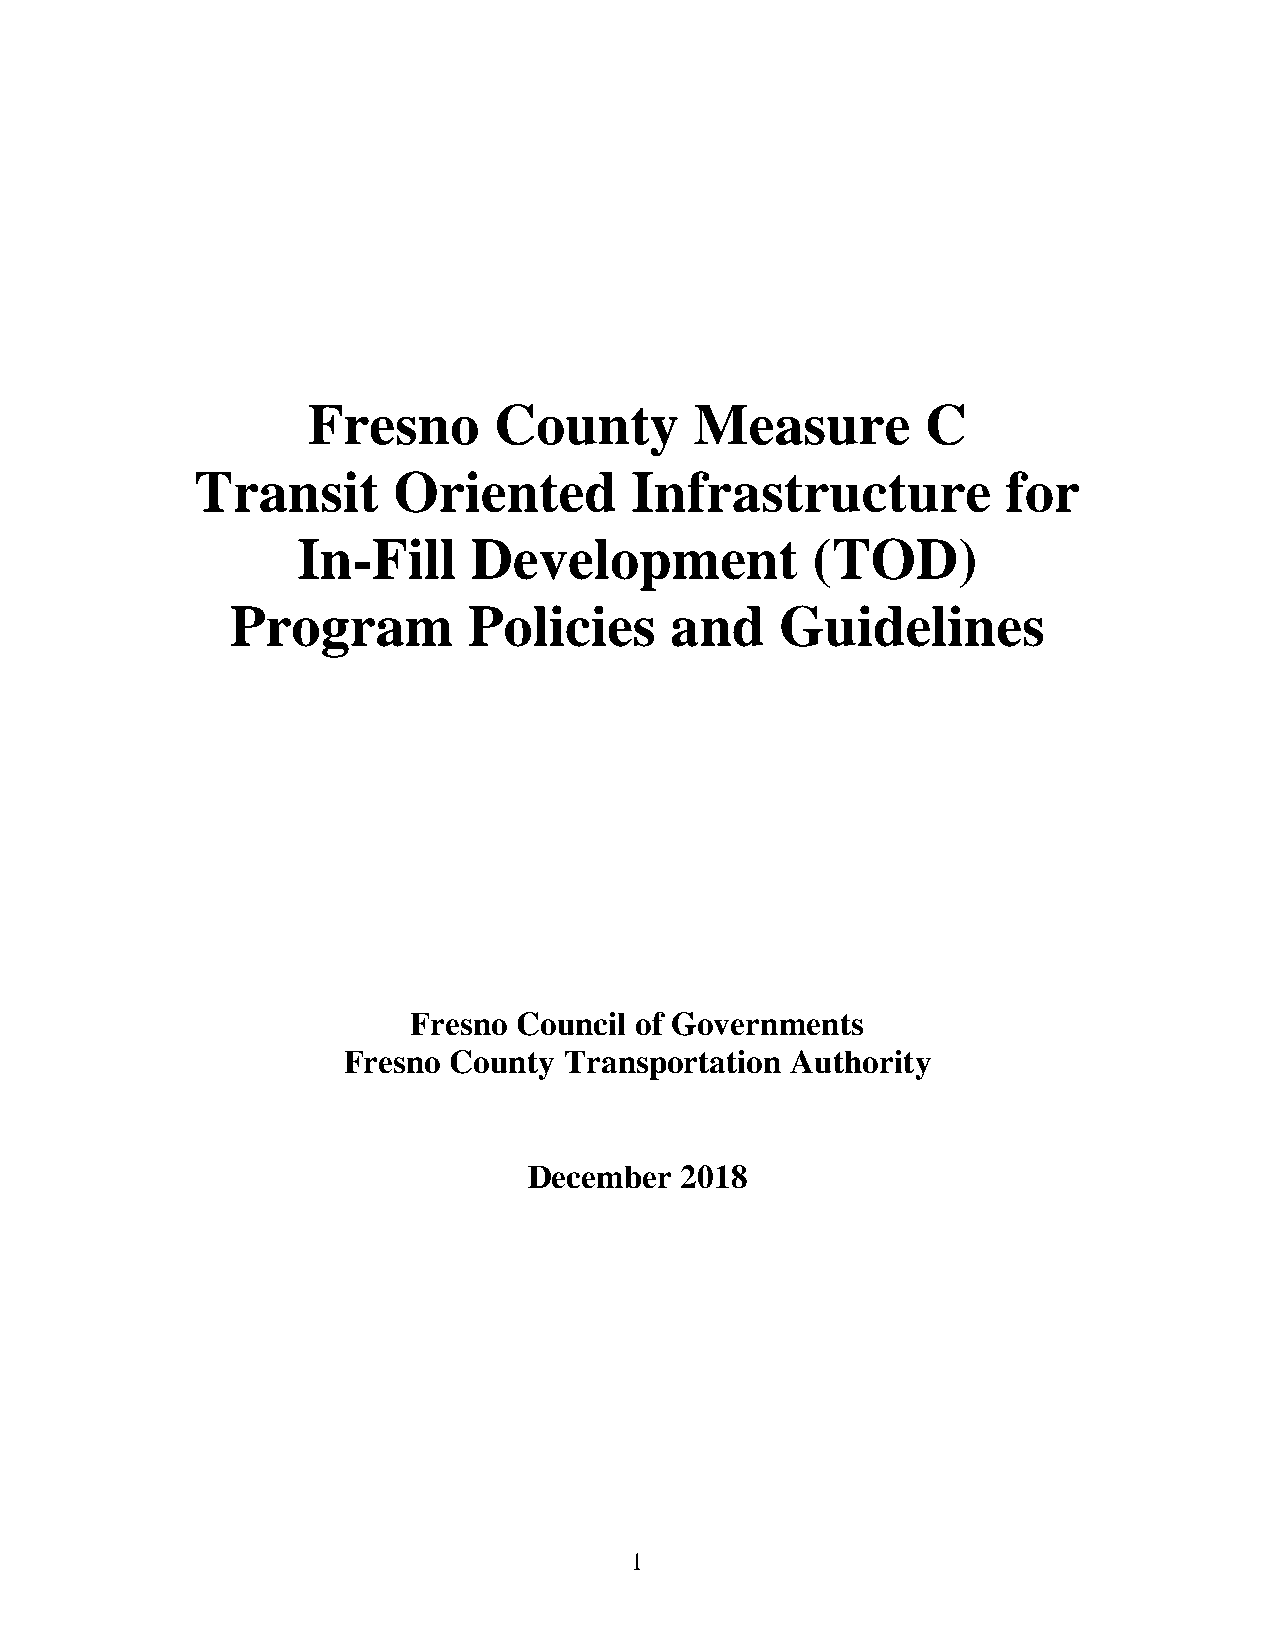
Fresno       County       Measure        C
 Transit      Oriented        Infrastructure           for
 In-Fill    Development            (TOD)
 Program         Policies     and     Guidelines
 Fresno Council of Governments
 Fresno County Transportation Authority
 December  2018
 1